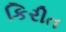
કિરીત